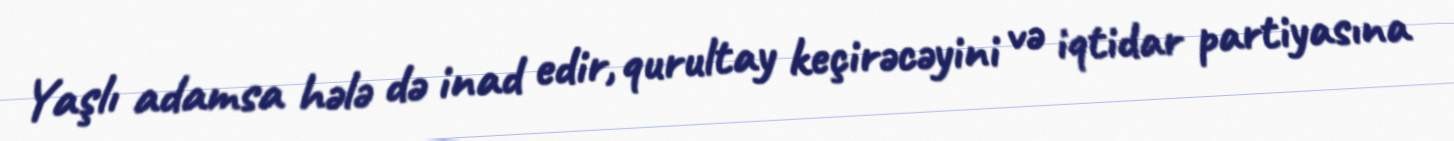
Yaşlı adamsa hələ də inad edir, qurultay keçirəcəyini və iqtidar partiyasına